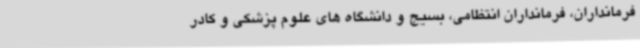
فرمانداران، فرمانداران انتظامی، بسیج و دانشگاه های علوم پزشکی و کادر